Pusta,_Kaarel_Robert, lk 47
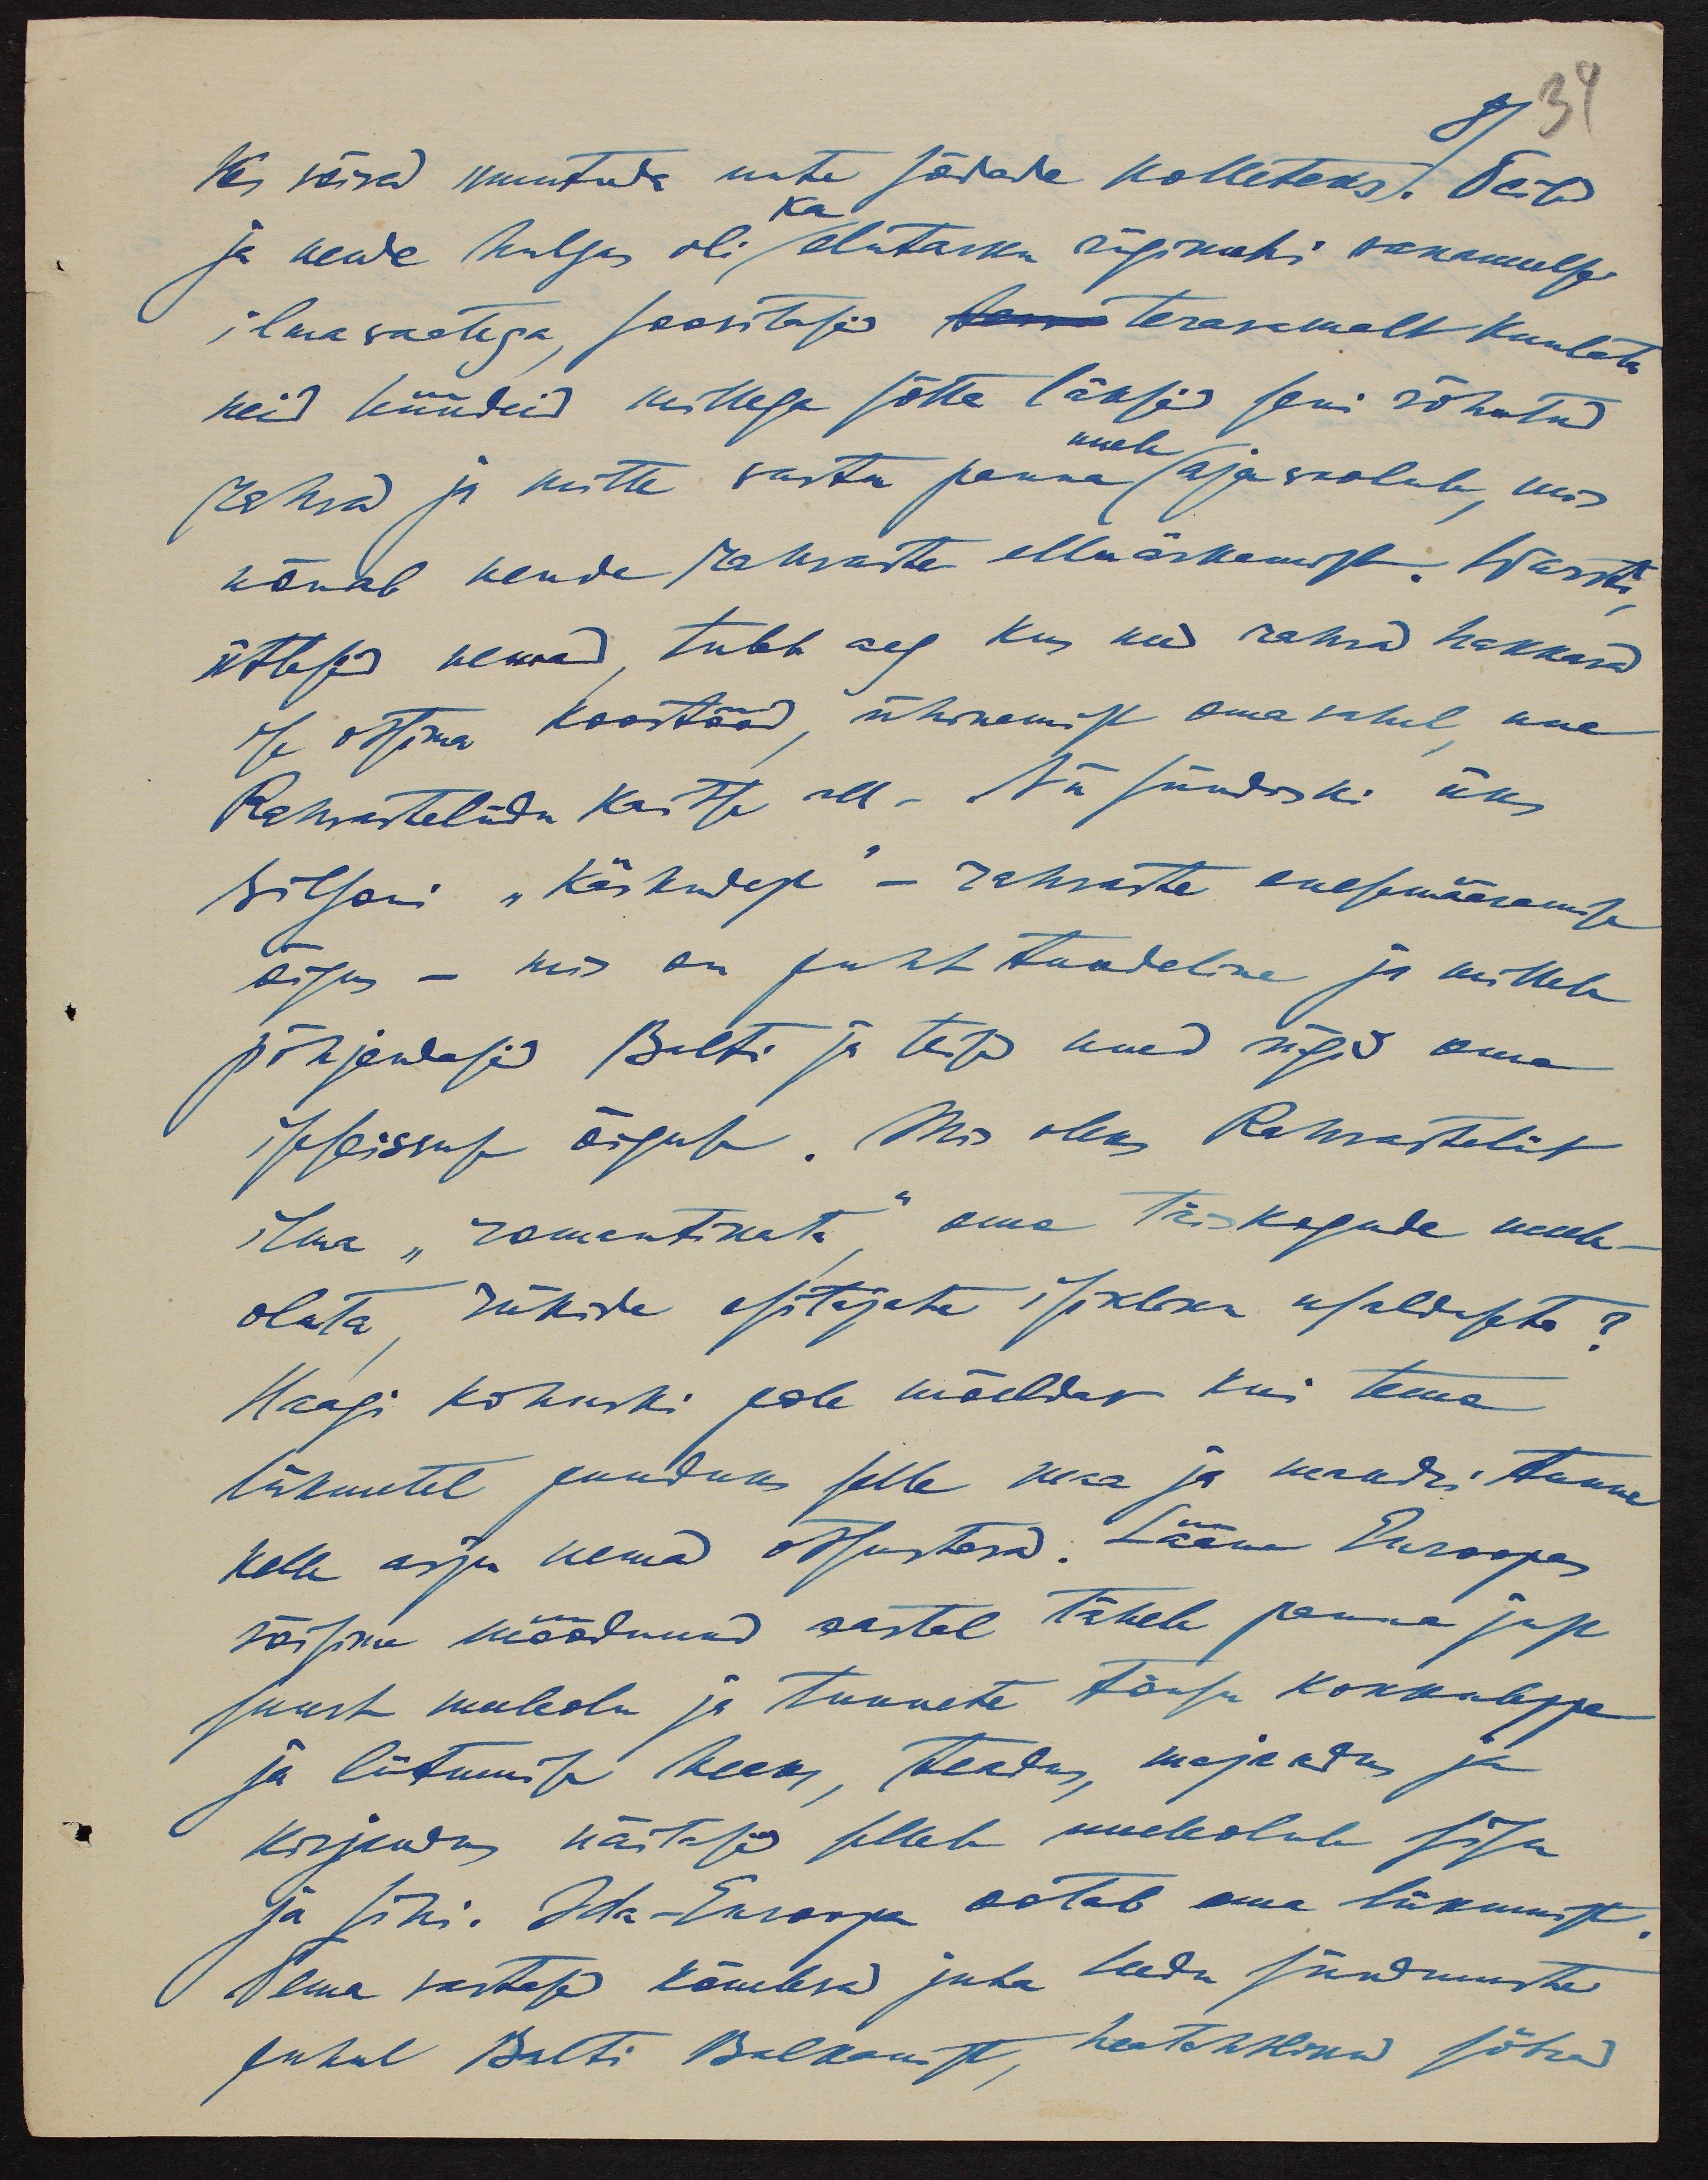
81
34
Kes võivad muutuda uute sõdade kolleteks. Eest
ka
ja nende hulgas oli elutarku riigimehi vanameelse
ilmavaatega, soovitasid terasemalt kuulata
neid hüüdeid millega sõtta läksid seni rõhutud
uuele
rahvad ja mitte vastu panna ajavoolule, mis
nõuab nende rahvaste elluärkamist. Warsti
ütlesid nemad, tuleb aeg kus need rahvad hakkavad
ise otsima koostööd, ühinemist oma vahel, uue
Rahvasteliidu kaitse all. Nii sündiski üks
Wilsoni "Käskudest" - rahvaste enesemääramise
õigus - mis on puht tundeline ja millele
põhjendasid Balti ja teised uued riigid oma
iseseisvuse õigust. Mis oleks Rahvasteliit
ilma "romantikata" oma täiskogude meele-
oluta, riikide esitajate isikliku usalduseta?
Haagi kohuski pole mõeldav kui tema
liikmetel puuduks selle maa ja mandri tunne
kelle asju nemad otsustavad. Lääne Euroopas
võisime möödnud aastal tähele panna just
suurt meeleolu ja tunnete tõusu kokkuleppe
ja liitumise hea, teadus, majandus ja
kirjandus näitasid sellele meeleolule sisu
ja sihi. Ida-Euroopa ootab oma liikumist
Tema vastased kõnelevad juba Leedu sündmuste
puhul Balti Balkanist, heatahtlikud sõbrad